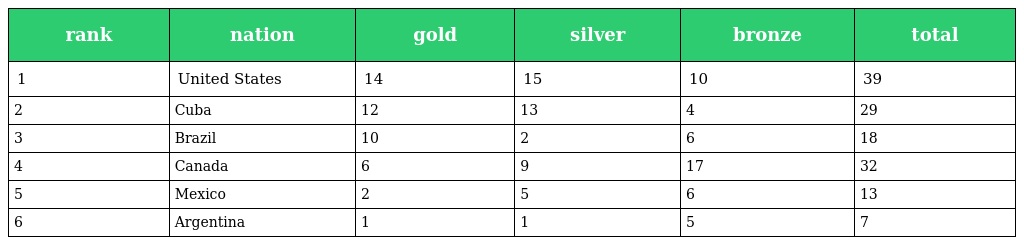
| rank | nation | gold | silver | bronze | total |
 | --- | --- | --- | --- | --- | --- |
 | 1 | United States | 14 | 15 | 10 | 39 |
 | 2 | Cuba | 12 | 13 | 4 | 29 |
 | 3 | Brazil | 10 | 2 | 6 | 18 |
 | 4 | Canada | 6 | 9 | 17 | 32 |
 | 5 | Mexico | 2 | 5 | 6 | 13 |
 | 6 | Argentina | 1 | 1 | 5 | 7 |